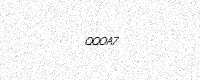
Text: QQOA7